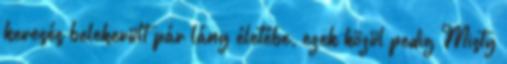
keresés belekerült pár lány életébe, ezek közül pedig Misty